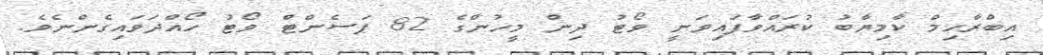
އިބްރާހިމް ކާމިޔާބު ކުރައްވާފައިވަނީ ވޯޓު ދިން މީހުންގެ 82 ޕަސެންޓް ވޯޓު ހޯއްދަވައިގެންނެވެ.